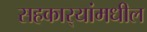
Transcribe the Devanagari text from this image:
सहकार्‍यांमधील